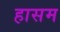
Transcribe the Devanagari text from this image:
हासम